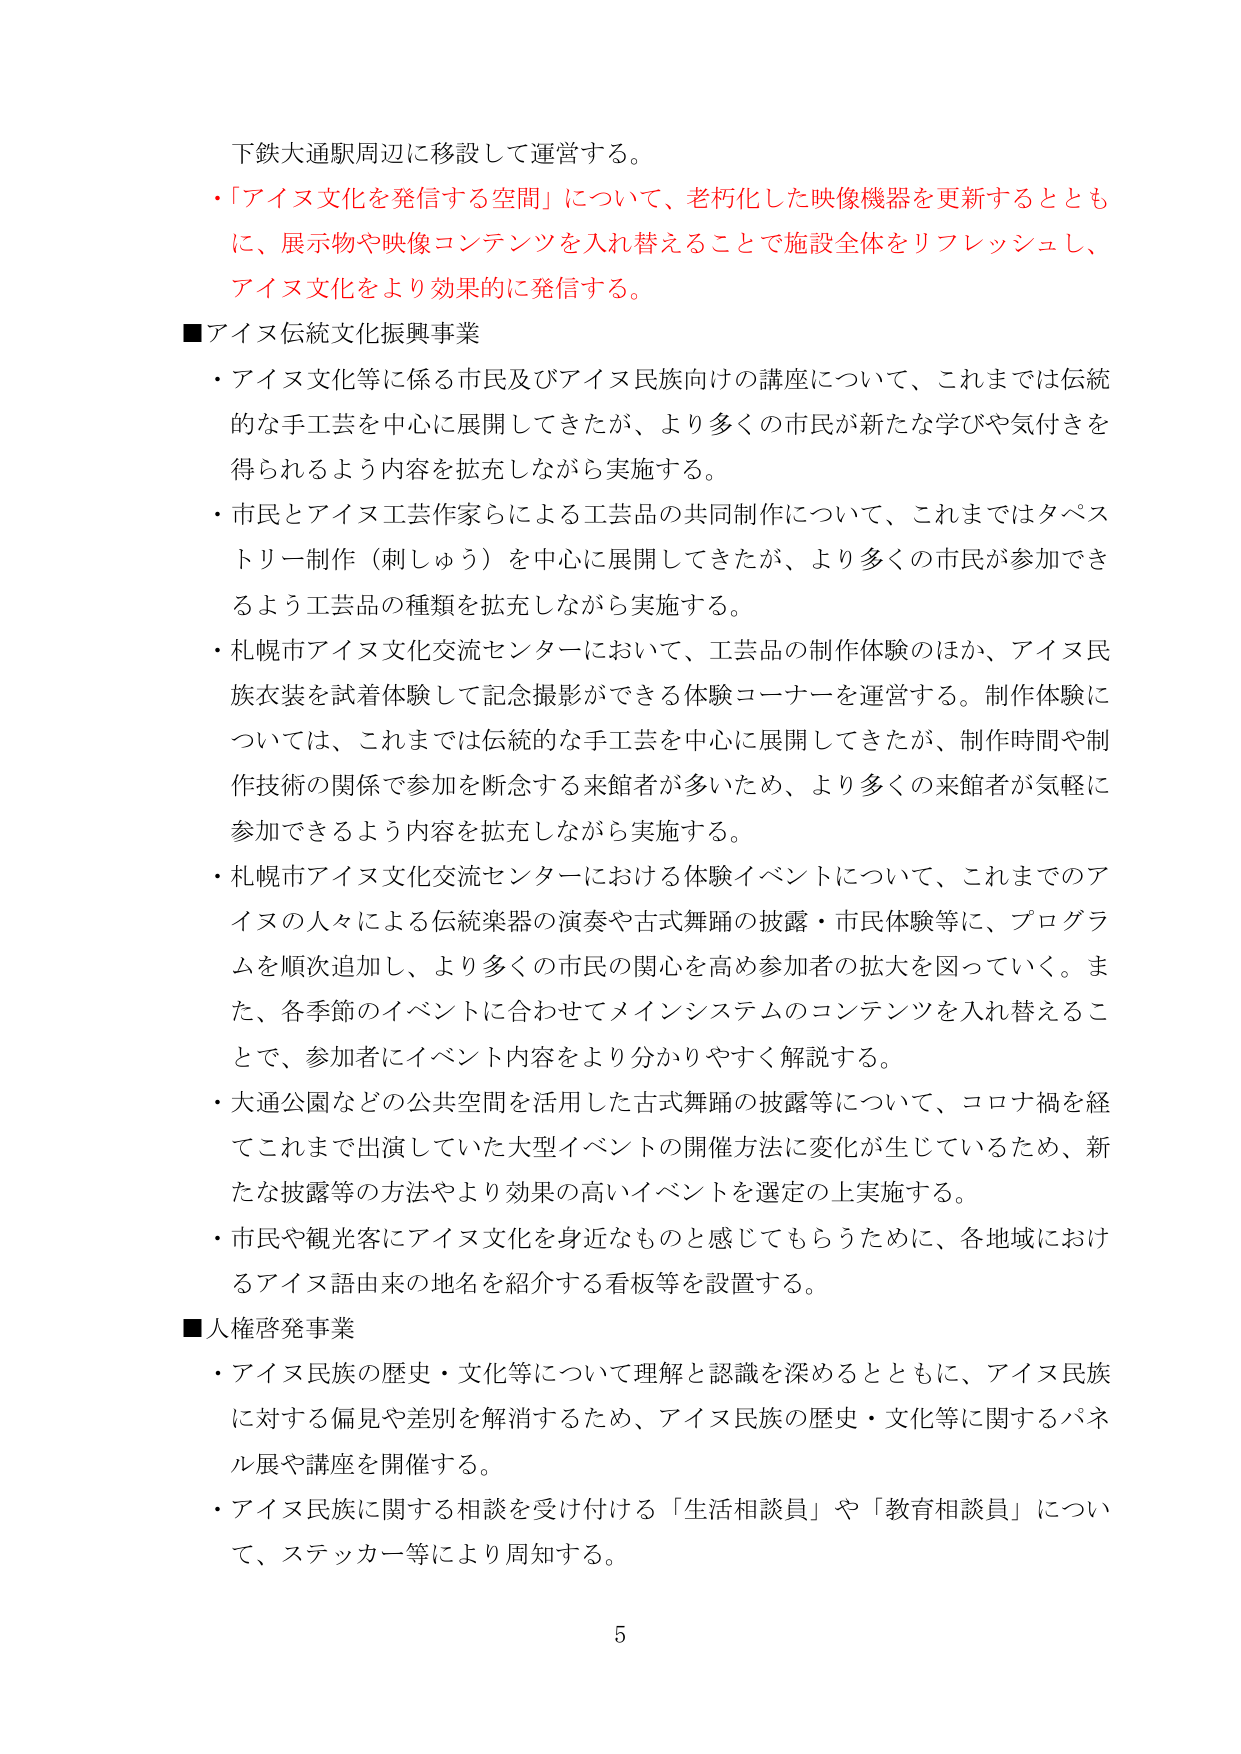
下鉄大通駅周辺に移設して運営する。
・「アイヌ文化を発信する空間」について、老朽化した映像機器を更新するとともに、展示物や映像コンテンツを入れ替えることで施設全体をリフレッシュし、アイヌ文化をより効果的に発信する。

■アイヌ伝統文化振興事業
・アイヌ文化等に係る市民及びアイヌ民族向けの講座について、これまでは伝統的な手工芸を中心に展開してきたが、より多くの市民が新たな学びや気付きを得られるよう内容を拡充しながら実施する。
・市民とアイヌ工芸作家らによる工芸品の共同制作について、これまではタペストリー制作（刺しゅう）を中心に展開してきたが、より多くの市民が参加できるよう工芸品の種類を拡充しながら実施する。
・札幌市アイヌ文化交流センターにおいて、工芸品の制作体験のほか、アイヌ民族衣装を試着体験して記念撮影ができる体験コーナーを運営する。制作体験については、これまでは伝統的な手工芸を中心に展開してきたが、制作時間や制作技術の関係で参加を断念する来館者が多いため、より多くの来館者が気軽に参加できるよう内容を拡充しながら実施する。
・札幌市アイヌ文化交流センターにおける体験イベントについて、これまでのアイヌの人々による伝統楽器の演奏や古式舞踊の披露・市民体験等に、プログラムを順次追加し、より多くの市民の関心を高め参加者の拡大を図っていく。また、各季節のイベントに合わせてメインシステムのコンテンツを入れ替えることで、参加者にイベント内容をより分かりやすく解説する。
・大通公園などの公共空間を活用した古式舞踊の披露等について、コロナ禍を経てこれまで出演していた大型イベントの開催方法に変化が生じているため、新たな披露等の方法やより効果の高いイベントを選定の上実施する。
・市民や観光客にアイヌ文化を身近なものと感じてもらうために、各地域におけるアイヌ語由来の地名を紹介する看板等を設置する。

■人権啓発事業
・アイヌ民族の歴史・文化等について理解と認識を深めるとともに、アイヌ民族に対する偏見や差別を解消するため、アイヌ民族の歴史・文化等に関するパネル展や講座を開催する。
・アイヌ民族に関する相談を受け付ける「生活相談員」や「教育相談員」について、ステッカー等により周知する。

5